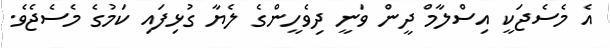
އެ މެސެޖަކީ އިސްލާމް ދީން ވަނީ ދިވެހީންގެ ލެޔާ ގުޅިފައި ކަމުގެ މެސެޖެވެ.